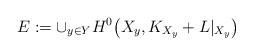
LaTeX: \begin{align*}E:= {\cup}_{y\in Y}H^0\big(X_y, K_{X_y}+ L|_{X_y}\big)\end{align*}